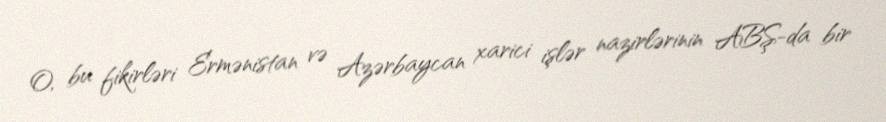
O, bu fikirləri Ermənistan və Azərbaycan xarici işlər nazirlərinin ABŞ-da bir